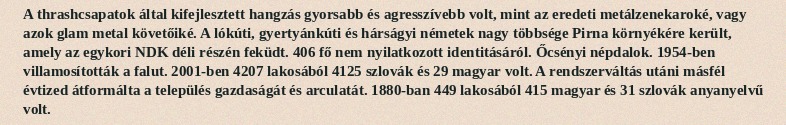
A thrashcsapatok által kifejlesztett hangzás gyorsabb és agresszívebb volt, mint az eredeti metálzenekaroké, vagy azok glam metal követőiké. A lókúti, gyertyánkúti és hárságyi németek nagy többsége Pirna környékére került, amely az egykori NDK déli részén feküdt. 406 fő nem nyilatkozott identitásáról. Őcsényi népdalok. 1954-ben villamosították a falut. 2001-ben 4207 lakosából 4125 szlovák és 29 magyar volt. A rendszerváltás utáni másfél évtized átformálta a település gazdaságát és arculatát. 1880-ban 449 lakosából 415 magyar és 31 szlovák anyanyelvű volt.